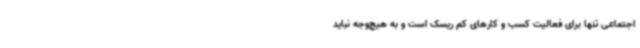
اجتماعی تنها برای فعالیت کسب و کارهای کم ریسک است و به هیچ‌وجه نباید